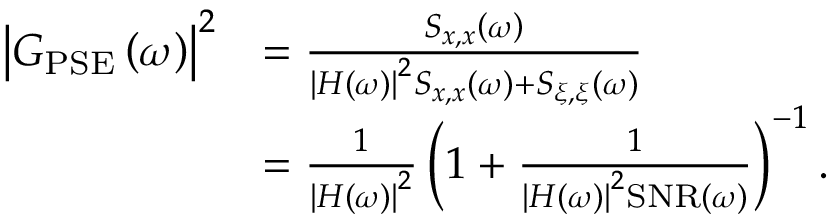
\begin{array} { r } { \begin{array} { r l } { \bigl | G _ { \mathrm { P S E } } \left( \omega \right) \bigr | ^ { 2 } } & { = \frac { S _ { x , x } \left( \omega \right) } { \left| H \left( \omega \right) \right| ^ { 2 } S _ { x , x } \left( \omega \right) + S _ { \xi , \xi } \left( \omega \right) } } \\ & { = \frac { 1 } { \left| H \left( \omega \right) \right| ^ { 2 } } \left( 1 + \frac { 1 } { \left| H \left( \omega \right) \right| ^ { 2 } \mathrm { S N R } \left( \omega \right) } \right) ^ { - 1 } . } \end{array} } \end{array}